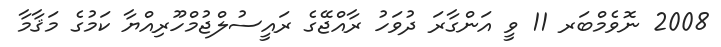
2008 ނޮވެމްބަރ 11 ވީ އަންގާރަ ދުވަހު ރާއްޖޭގެ ރައީސުލްޖުމްހޫރިއްޔާ ކަމުގެ މަޤާމާ